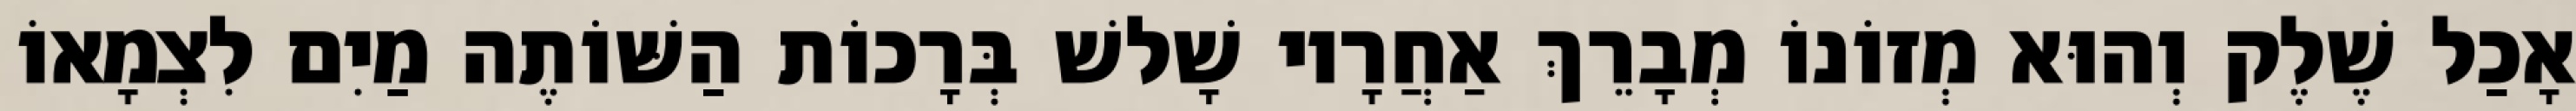
אָכַל שֶׁלֶק וְהוּא מְזוֹנוֹ מְבָרֵךְ אַחֲרָיו שָׁלשׁ בְּרָכוֹת הַשּׁוֹתֶה מַיִם לִצְמָאוֹ